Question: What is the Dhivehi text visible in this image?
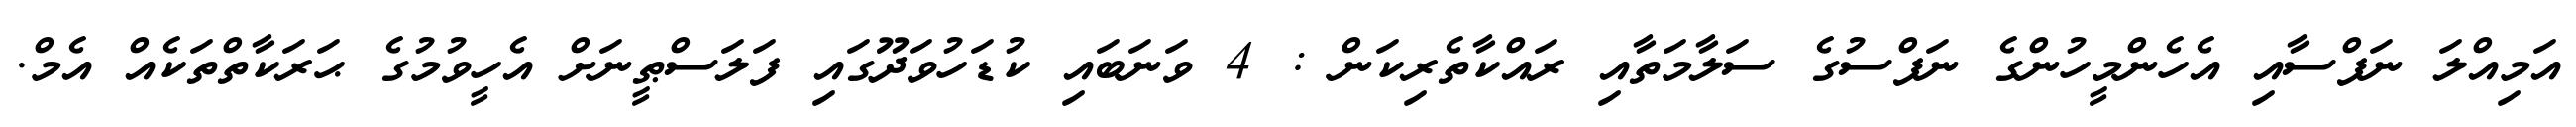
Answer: އަމިއްލަ ނަފްސާއި އެހެންމީހުންގެ ނަފްސުގެ ސަލާމަތާއި ރައްކާތެރިކަން : 4 ވަނަބައި ކުޑަހުވަދޫގައި ފަލަސްޠީނަށް އެހީވުމުގެ ޙަރަކާތްތަކެއް އެމް.